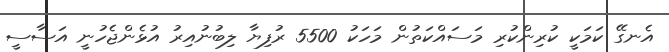
އެނގޭ ކަމަކީ ކުރިންކުރި މަސައްކަތުން މަހަކު 5500 ރުފިޔާ ލިބުނުއިރު އުޅެންޖެހުނީ އަސާސީ